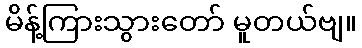
မိန့်ကြားသွားတော် မူတယ်ဗျ။